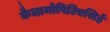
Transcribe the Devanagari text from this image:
कैलामोपिटिएसिई